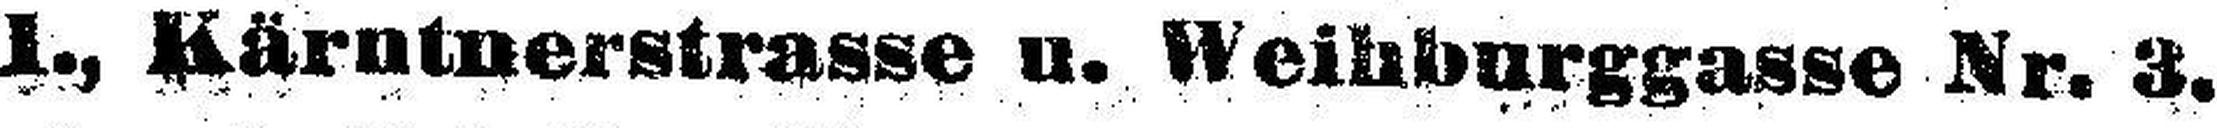
I., Kärntnerstrasse u. Weihburggasse Nr. 3.